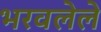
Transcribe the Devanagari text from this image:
भरवलेले